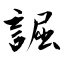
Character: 誳